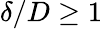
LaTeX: \delta/D\geq 1